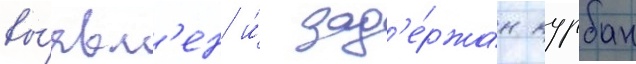
вы́явл'ен и́ зад'е́ржан курбан